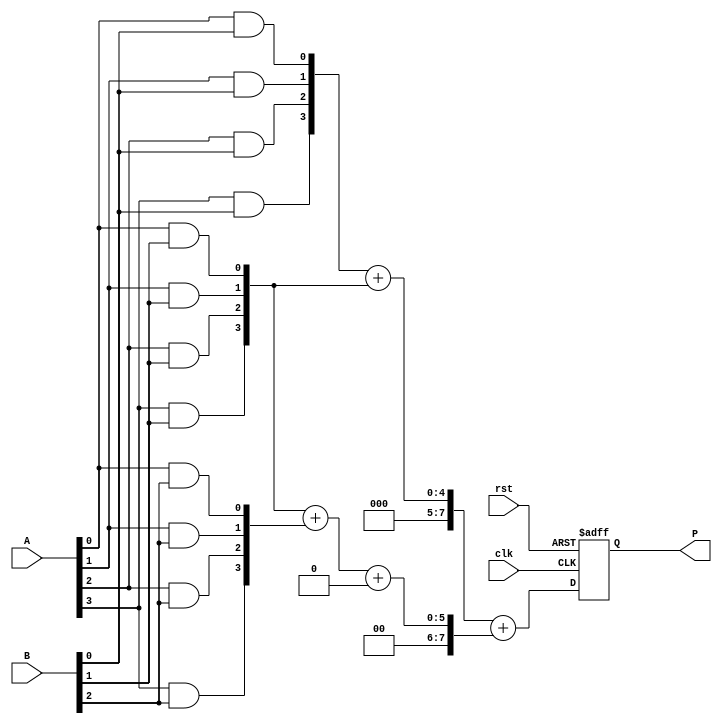
module WallaceTreeMultiplier #(parameter N = 4) (
    input  wire [N-1:0] A,
    input  wire [N-1:0] B,
    input  wire clk,
    input  wire rst,
    output reg [2*N-1:0] P
);

    // Internal signals
    wire [N-1:0] pp [0:N-1]; // Partial products
    wire [2*N-1:0] sum [0:N-1]; // Sums at each stage
    wire [N-1:0] carry [0:N-1]; // Carries at each stage

    // Partial product generation
    genvar i, j;
    generate
        for (i = 0; i < N; i = i + 1) begin : pp_gen
            for (j = 0; j < N; j = j + 1) begin : pp_and
                assign pp[i][j] = A[j] & B[i];
            end
        end
    endgenerate

    // Wallace tree reduction
    // Stage 1: Combine partial products using half adders and full adders
    generate
        for (i = 0; i < N; i = i + 1) begin : reduction_stage_1
            if (i == 0) begin
                assign sum[i] = {1'b0, pp[i]} + {1'b0, pp[i+1]};
                assign carry[i] = 0;
            end else begin
                assign {carry[i], sum[i]} = pp[i] + pp[i+1] + carry[i-1];
            end
        end
    endgenerate

    // Additional stages can be added similarly to reduce the number of rows
    // For simplicity, we will assume only one reduction stage here

    // Final addition
    always @(posedge clk or posedge rst) begin
        if (rst) begin
            P <= 0;
        end else begin
            // Final addition of last two rows
            P <= sum[0] + sum[1]; // Adjust according to the number of reduction stages
        end
    end

endmodule